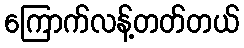
ကြောက်လန့်တတ်တယ်